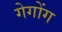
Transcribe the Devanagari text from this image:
गेगोंग